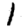
Digit: 1